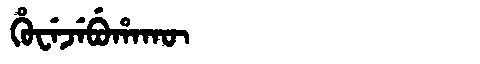
Manchu: ᡥᡠᠸᡝᠵᡝᠪᡠᡥᠠᡴᡡ
Romanization: HUWEJEBUHAKŪ